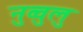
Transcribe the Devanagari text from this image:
नुव्वुलु